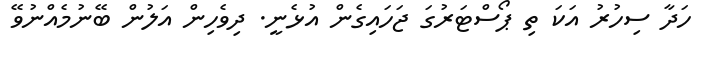
ހަދާ ސިހުރު އަކަ ތި ޕޯސްޓަރުގަ ޖަހައިގެން އުޅެނީީ. ދިވެހިން އަލުން ބޭނުމެއްނުވޭ